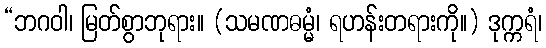
“ဘဂဝါ၊ မြတ်စွာဘုရား။ (သမဏဓမ္မံ၊ ရဟန်းတရားကို။) ဒုက္ကရံ၊